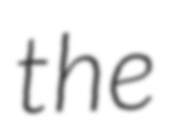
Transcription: the